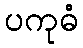
ပကုဓံ